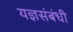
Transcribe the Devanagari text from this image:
यज्ञसंबंधी